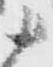
十